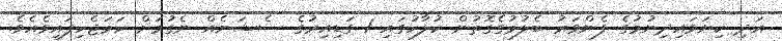
އަދި ކިޔަވައިދިނުމުގެ ފެންވަރު ބެލުމުގެގޮތުން ކުލާހުގައި 1 ގަޑިއިރުގެ ސެޝަނެއް ނެގުމަށް ހަމަޖެހިފައިވެއެވެ.